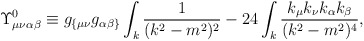
\begin{align*}\Upsilon_{\mu \nu \alpha \beta}^0 \equiv g_{\{\mu\nu}g_{\alpha\beta \}} \int_k \frac{1}{(k^2-m^2)^2} -24\int_k \frac{k_{\mu}k_{\nu}k_{\alpha}k_{\beta}}{(k^2-m^2)^4}, \end{align*}